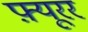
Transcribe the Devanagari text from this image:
फ़्यूरर